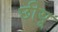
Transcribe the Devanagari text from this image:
छीयू